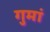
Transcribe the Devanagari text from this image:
गुमां